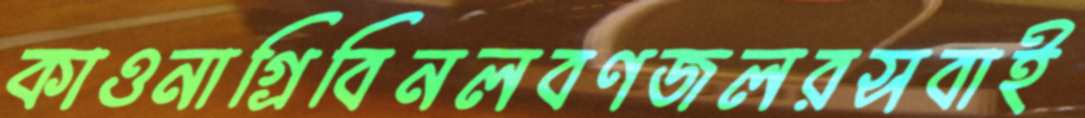
কাওনাগ্রিবিনলবণজলরসবাই